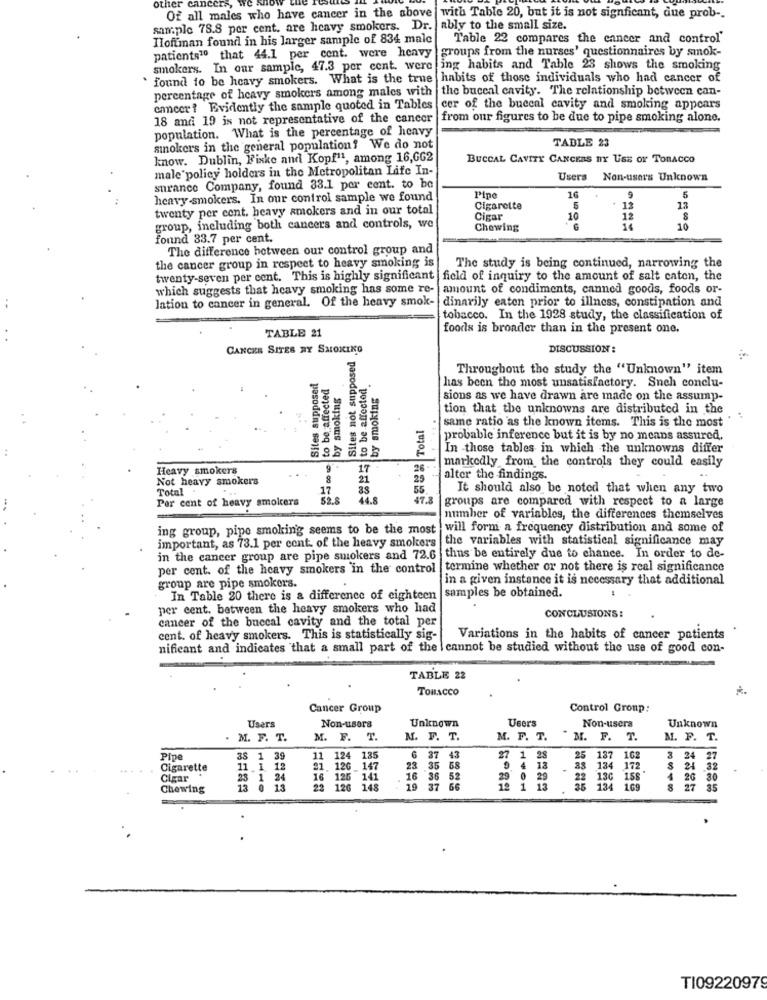
other ca
Of all males who have cancer in the above
with Table 20, but it is not signficant, que prob -.
sample 78.8 per cent. are heavy smokers. Dr.
ably to the small size.
Hoffman found in his larger sample of 834 male
Table 22 compares the cancer and control'
patients10 that 44.1 per cent. were heavy groups from the nurses' questionnaires by smok-
smokers. In our sample, 47.3 per cent. were ing habits and Table 23 shows the smoking
found to be heavy smokers. What is the true habits of those individuals who had cancer of
percentage of heavy smokers among males with the buccal cavity. The relationship between can-
cancer? Evidently the sample quoted in Tables
cer of the buccal cavity and smoking appears
18 and 19 is not representative of the cancer |from our figures to be due to pipe smoking alone.
population. What is the percentage of heavy
TABLE 23
sinokers in the general population? We do not
know. Dublin, Fiske and Kopf11, among 16,662
BUCCAL CAVITY CANCERS nY USE OF TOBACCO
male policy holders in the Metropolitan Life In-
Users Non-users Unknown
surance Company, found 33.1 per cent. to be
16
heavy smokers. In our control sample we found
Pine
9
5
twenty per cent. heavy smokers and in our total
Cigarette
5
13
13
Cigar
10
12
group, including both cancers and controls, we
Chewing
10
found 33.7 per cent.
The difference between our control group and
the cancer group in respect to heavy smoking is
The study is being continued, narrowing the
twenty-seven per cent. This is highly significant
field of inquiry to the amount of salt caten, the
which suggests that heavy smoking has some re- amount of condiments, canned goods, foods or-
lation to cancer in general. Of the heavy smok- dinarily eaten prior to illness, constipation and
tobacco. In the 1928 study, the classification of
TABLE 21
foods is broader than in the present one.
CANCER SITES AY SMOKING
DISCUSSION :
not supposed
ESPE to be affected
Throughout the study the "Unknown" item
Sites supposed
-a co w to be affected
by smoking .
by smoking
has been the most unsatisfactory. Sneh conclu-
sions as we have drawn are made on the assump-
tion that the unknowns are distributed in the
same ratio as the known items. This is the most "
probable inference but it is by no means assured
In those tables in which the unknowns differ
Heavy smokers
26
markedly from the controls they could easily
Not heavy smokers
alter the findings.
Total
55
It should also be noted that when any two
Per cent of heavy smokers
52.8
47.8
groups are compared with respect to a large
number of variables, the differences themselves
ing group, pipe smoking seems to be the most
will form a frequency distribution and some of
important, as 73.1 per cent. of the heavy smokers
the variables with statistical significance may
in the cancer group are pipe smokers and 72.6
thus be entirely due to chance. In order to de-
per cent. of the heavy smokers in the control
termine whether or not there is real significance
group are pipe smokers.
in a given instance it is necessary that additional
samples be obtained.
In Table 20 there is a difference of eighteen
per cent. between the heavy smokers who had
cancer of the buccal cavity and the total per
CONCLUSIONS:
cent. of heavy smokers. This is statistically sig-
Variations in the habits of cancer patients
nificant and indicates that a small part of the I cannot be studied without the use of good con-
TABLE 22
TOBACCO
Cancer Group
Control Group:
Unknown
Users
Non-usera
Unknown
Users
Non-users
. M. F. T.
M. F. T.
M. F. T.
M. F. T.
HORN
M. F. T.
M. F. T.
Pipe
38 1 39
11 124 135
37
43
27 1 28
25
137 102
3
24
27
Cigarette
11 1 12
31. 126_147
23 35 58
9 4 18
134 172
172
24 32
Cigar
23 1 24
16 125 141
16 36 52
29
22
130 158
158
4
26
30
Chewing
13
0 13
22
22 126 148
37 66
12 1
13
134
169
27
TI09220979